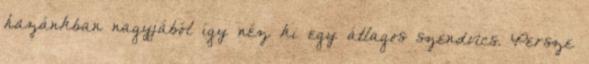
hazánkban nagyjából így néz ki egy átlagos szendvics. Persze